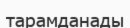
тарамданады